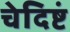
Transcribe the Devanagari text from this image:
चेदिष्टं